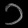
Digit: ၁